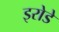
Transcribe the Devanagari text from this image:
इरोडे